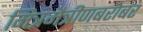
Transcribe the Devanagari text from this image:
मित्रमैत्रीणबरोबर